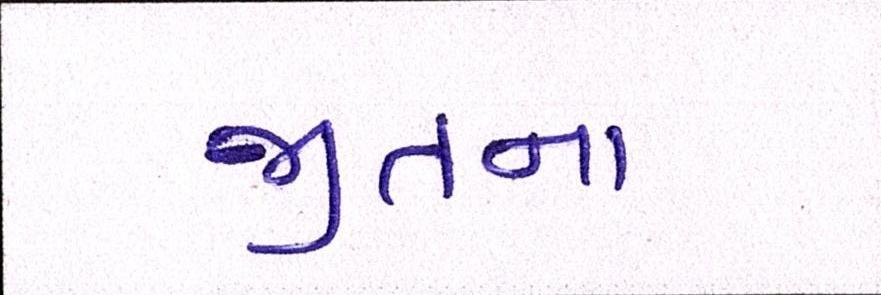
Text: જીતના